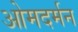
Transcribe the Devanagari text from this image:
ओमदर्मन